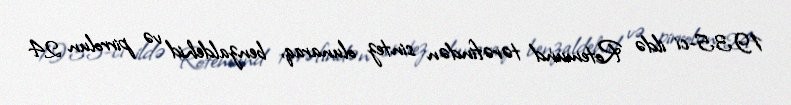
1935-ci ildə Rotemund tərəfindən sintez olunaraq, benzaldehid və pirrolun 24